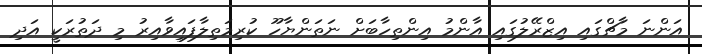
އަންނަ މާޗްގައި އިޒްރޭލުގައި އާންމު އިންތިހާބަށް ނަތަންޔާހޫ ކުރިމަތިލާފައިވާއިރު މި ދަތުރަކީ އަދި